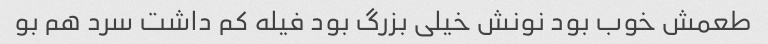
طعمش خوب بود نونش خیلی بزرگ بود فیله کم داشت سرد هم بو